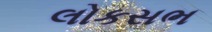
લોકસભ